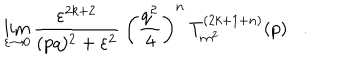
\lim _ { \varepsilon \rightarrow 0 } \frac { \varepsilon ^ { 2 k + 2 } } { ( p q ) ^ { 2 } + \varepsilon ^ { 2 } } \: \left( \frac { q ^ { 2 } } { 4 } \right) ^ { n } \: T _ { m ^ { 2 } } ^ { ( 2 k + 1 + n ) } ( p ) .